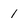
Character: 1